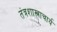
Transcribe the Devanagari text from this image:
तंत्रशास्त्राचार्य